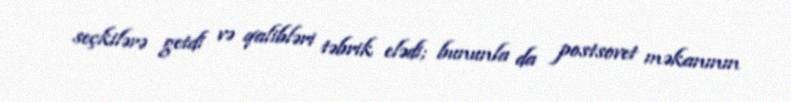
seçkilərə getdi və qalibləri təbrik elədi; bununla da postsovet məkanının